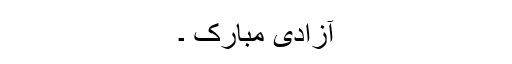
آزادی مبارک ۔